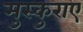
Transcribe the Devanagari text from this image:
मुस्कुराए